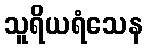
သူရိယရံသေန